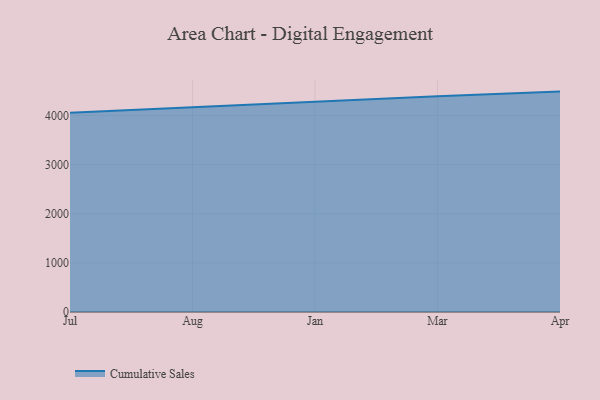
{"axis": {"x": "Month", "y": "Revenue (USD Million)"}, "legend": ["Cumulative Sales"], "data": [{"x": "Jul", "y": 4059.3, "type": "Cumulative Sales"}, {"x": "Aug", "y": 4170.0, "type": "Cumulative Sales"}, {"x": "Jan", "y": 4279.7, "type": "Cumulative Sales"}, {"x": "Mar", "y": 4392.7, "type": "Cumulative Sales"}, {"x": "Apr", "y": 4488.1, "type": "Cumulative Sales"}]}